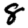
Digit: 8